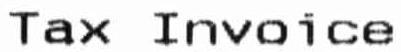
TAX INVOICE